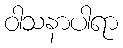
ဝါသနာပါရာ